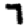
Digit: 7